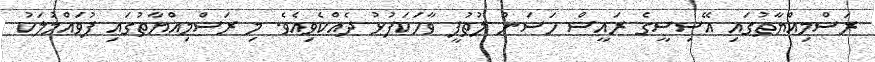
ރަސްމިއްޔާތުގައި އޭސިސީގެ ރައީސް ހަސަން ލުތުފީ ވާހަކަފުޅު ދެއްކެވިއެވެ. މި ރަސްމިއްޔާތުގައި ފުވައްމުލަކު